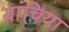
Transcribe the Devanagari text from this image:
यांचिया